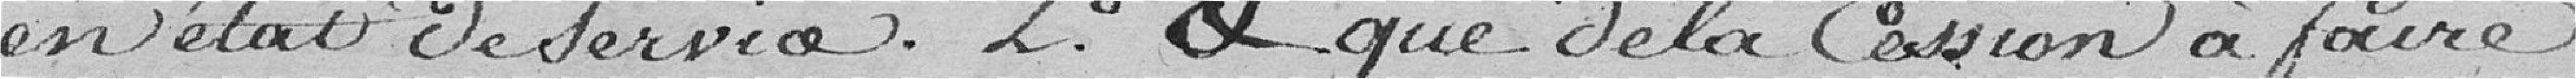
en état de service. 2° & que la cession à faire